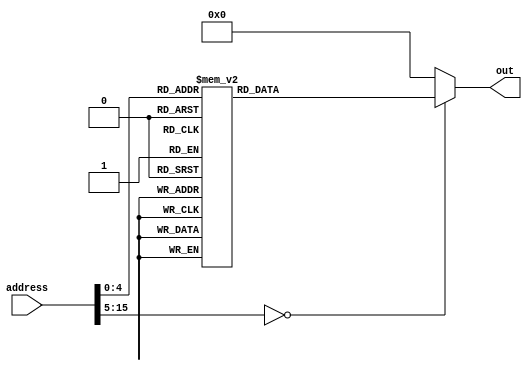
`timescale 1ns / 1ps
//////////////////////////////////////////////////////////////////////////////////
// Company: 
// Engineer: 
// 
// Design Name: 
// Module Name:    Instruction_Memory 
// Project Name: 
// Target Devices: 
// Tool versions: 
// Description: 
//
// Dependencies: 
//
// Revision: 
// Revision 0.01 - File Created
// Additional Comments: 
//
//////////////////////////////////////////////////////////////////////////////////
module Instruction_Memory(address,out
    );

	input [15:0] address;
	
	output reg [15:0] out;
	
	always@(*)begin
		case(address)
			0:	out = 16'h0;
			1: out = 16'hB040;
			2:	out = 16'hB210;
			3:	out = 16'hC250;
			4:	out = 16'hBA10;
			5: out = 16'hF34B;
			6:	out = 16'hB40F;
			7:	out = 16'hB6F0;
			8:	out = 16'hBC10;
			9:	out = 16'hBE05;
			10:	out = 16'h4F18;
			11:	out = 16'h7FFF;
			12:	out = 16'h5D00;
			13:	out = 16'hBA01;
			14:	out = 16'hCB50;
			15:	out = 16'h4946;
			16:	out = 16'hD006;
			17:	out = 16'hF20B;
			18:	out = 16'hBAFF;
			19:	out = 16'hCB50;
			20:	out = 16'h6D40;
			21:	out = 16'h101A;
			22:	out = 16'hC484;
			23:	out = 16'hF69C;
			24:	out = 16'hBAFF;
			25:	out = 16'h6D40;
			26:	out = 16'h7D81;
			27:	out = 16'hF921;
			28:	out = 16'h100a;
			29:	out = 16'h0000;
//			26:	out = 16'h0;
//			27:	out = 16'h0;
//			28:	out = 16'h0;
//			29:	out = 16'h0;
//			30:	out = 16'h0;
//			31:	out = 16'h0;
//			32:	out = 16'h0;
//			33:	out = 16'h0;
//			34:	out = 16'h0;
//			35:	out = 16'h0;
//			36:	out = 16'h0;
//			37:	out = 16'h0;
//			38:	out = 16'h0;
//			39:	out = 16'h0;
//			40:	out = 16'h0;
//			41:	out = 16'h0;
//			42:	out = 16'h0;
//			43:	out = 16'h0;
//			44:	out = 16'h0;
//			45:	out = 16'h0;
//			46:	out = 16'h0;
//			47:	out = 16'h0;
//			48:	out = 16'h0;
//			49:	out = 16'h0;
//			50:	out = 16'h0;
//			51:	out = 16'h0;
//			52:	out = 16'h0;
//			53:	out = 16'h0;
//			54:	out = 16'h0;
//			55:	out = 16'h0;
//			56:	out = 16'h0;
//			57:	out = 16'h0;
//			58:	out = 16'h0;
//			60:	out = 16'h0;
//			61:	out = 16'h0;
//			62:	out = 16'h0;
//			63:	out = 16'h0;
			default:	out = 16'h0;
		endcase
	end
			
endmodule